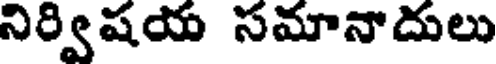
నిర్విషయ సమానాదులు